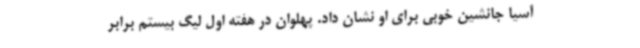
آسیا جانشین خوبی برای او نشان داد. پهلوان در هفته اول لیگ بیستم برابر